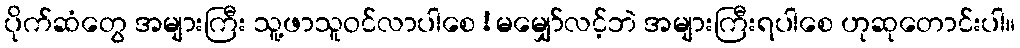
ပိုက်ဆံတွေ အများကြီး သူ့ဖာသူဝင်လာပါစေ!မမျှော်လင့်ဘဲ အများကြီးရပါစေ ဟုဆုတောင်းပါ။